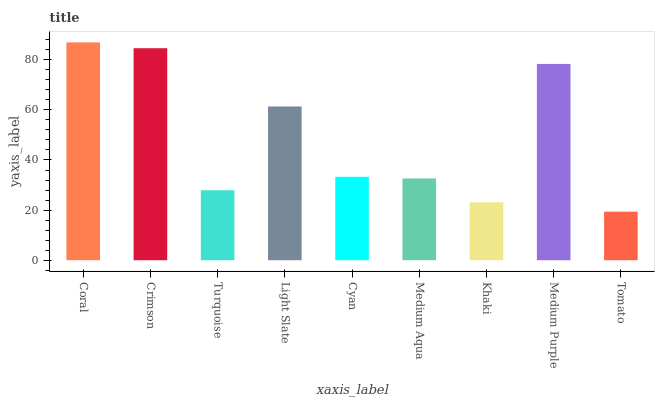
| xaxis_label | bars |
 | --- | --- |
 | Coral | 86.9 |
 | Crimson | 84.6 |
 | Turquoise | 27.9 |
 | Light Slate | 61.4 |
 | Cyan | 33.3 |
 | Medium Aqua | 32.6 |
 | Khaki | 23.1 |
 | Medium Purple | 78.3 |
 | Tomato | 19.4 |